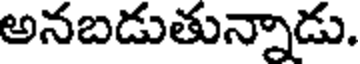
అనబడుతున్నాడు.